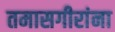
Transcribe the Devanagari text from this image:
तमासगीरांना